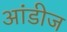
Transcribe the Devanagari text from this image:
आंडीज